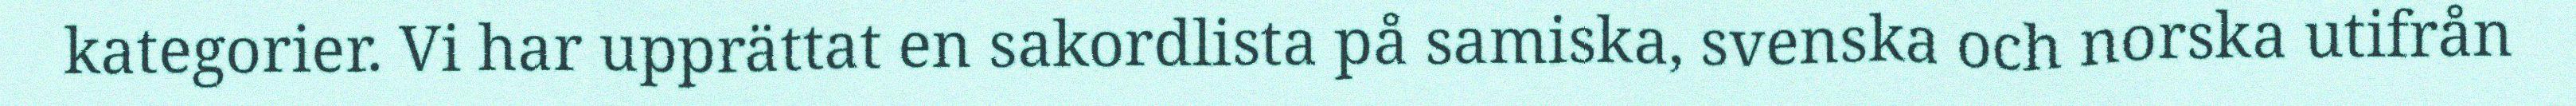
kategorier. Vi har upprättat en sakordlista på samiska, svenska och norska utifrån